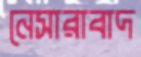
নেসারাবাদ